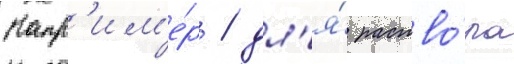
Напр'им'е́р / дл'я́ раство́ра